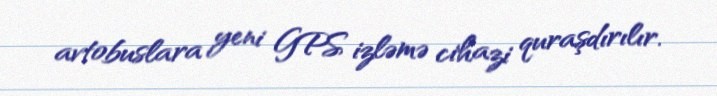
avtobuslara yeni GPS izləmə cihazi quraşdırılır.